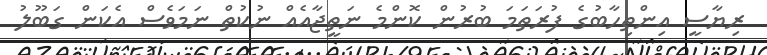
ރިޔާސީ އިންތިހާބުގެ ފުރަތަމަ ބުރުން ކޮންމެ ނަތީޖާއެއް ނުކުތް ނަމަވެސް އެކަން ގަބޫލު